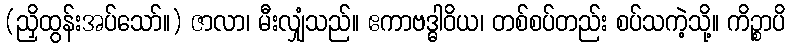
(ညှိထွန်းအပ်သော်။) ဇာလာ၊ မီးလျှံသည်။ ဧကာဗဒ္ဓါဝိယ၊ တစ်စပ်တည်း စပ်သကဲ့သို့။ ကိဉ္စာပိ